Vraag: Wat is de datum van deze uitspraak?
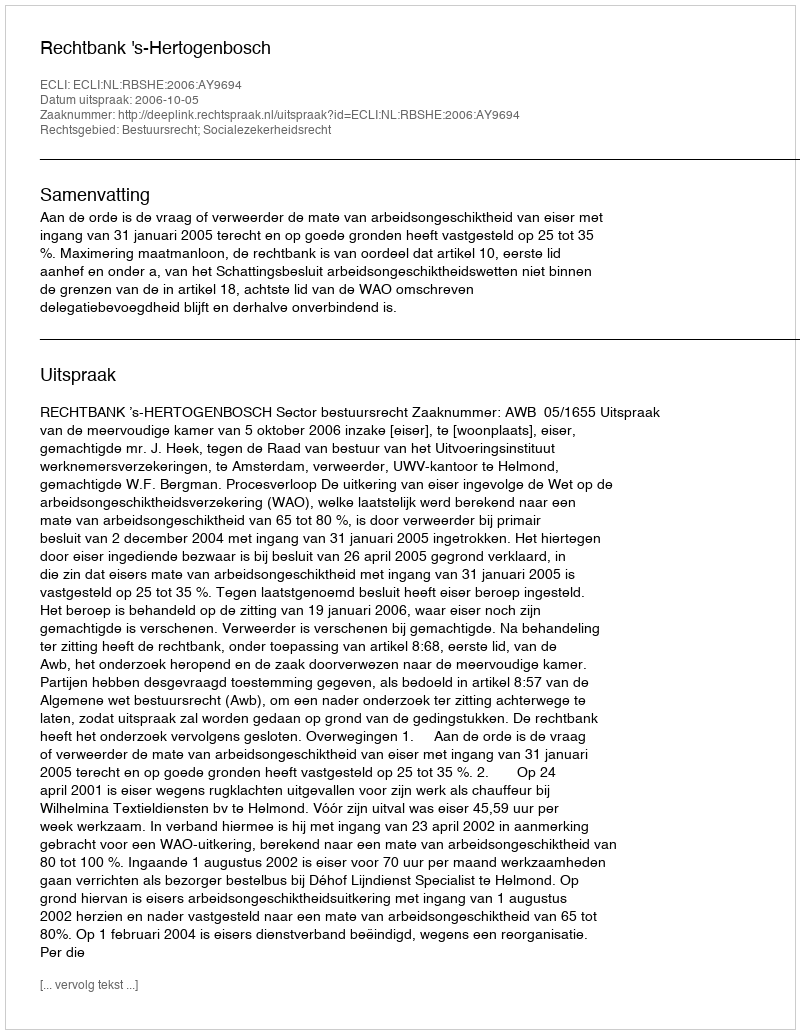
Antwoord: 2006-10-05